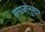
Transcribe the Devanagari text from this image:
समाजांनुसार